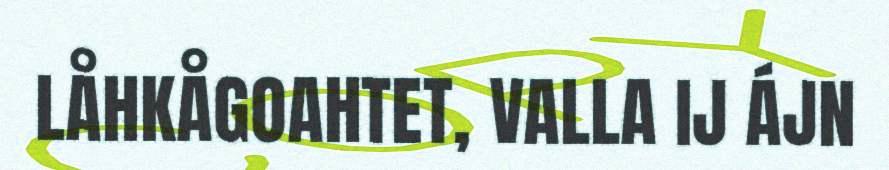
LÅHKÅGOAHTET, VALLA IJ ÁJN